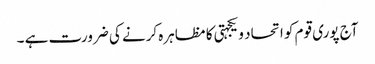
آج پوری قوم کو اتحاد و یکجہتی کا مظاہرہ کرنے کی ضرورت ہے ۔